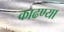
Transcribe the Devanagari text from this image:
काढण्या